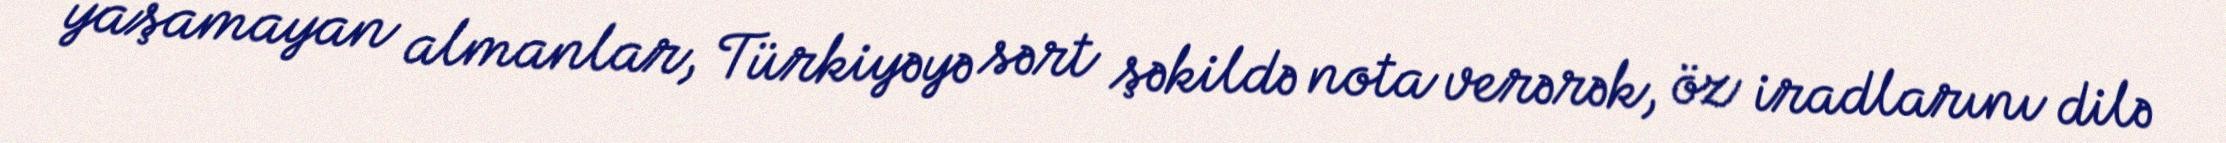
yaşamayan almanlar, Türkiyəyə sərt şəkildə nota verərək, öz iradlarını dilə